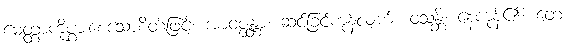
မေတ္တာကိုပွားစေသောစိတ်ဖြင့်။ အာဝဇ္ဇန္တာ၊ ဆင်ခြင်ကုန်လျက်။ ဝသန္တိ၊ နေကုန်၏။ တေ၊